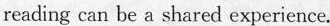
reading can be a shared experience.